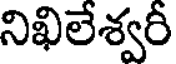
నిఖిలేశ్వరీ